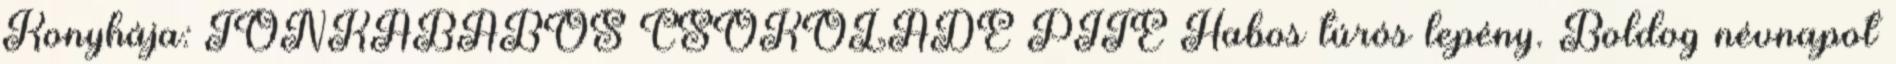
Konyhája: TONKABABOS CSOKOLÁDÉ PITE Habos túrós lepény. Boldog névnapot